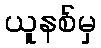
ယူနစ်မှ